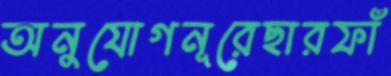
অনুযোগনূরেছারফাঁ